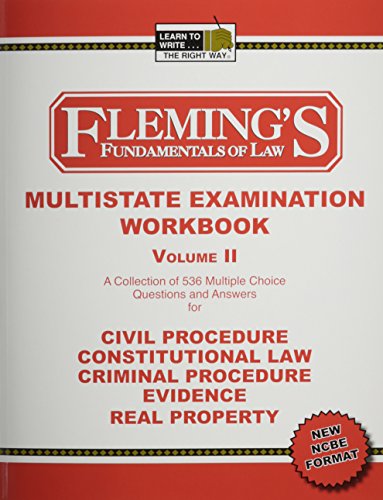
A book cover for Multistate Examination Workbook, Vol. 2: Civil Procedure, Constitutional Law, Criminal Procedure, Evidence, Real Property (Fleming's Fundamentals of Law); Jeff A. Fleming; Test Preparation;